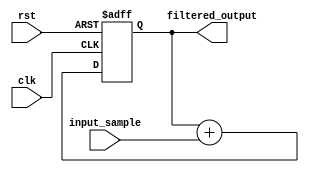
module iir_filter_accumulator(
    input wire clk,
    input wire rst,
    input wire signed [15:0] input_sample,
    output wire signed [15:0] filtered_output
);

reg signed [15:0] accumulator;

always @(posedge clk or posedge rst) begin
    if(rst) begin
        accumulator <= 16'b0;
    end else begin
        accumulator <= accumulator + input_sample;
    end
end

assign filtered_output = accumulator;

endmodule